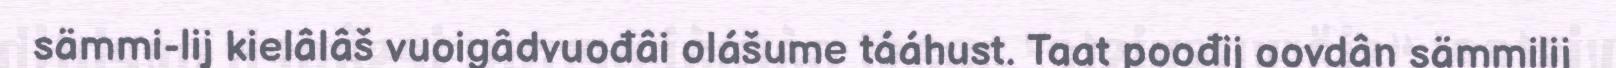
sämmi-lij kielâlâš vuoigâdvuođâi olášume tááhust. Taat poođij oovdân sämmilij